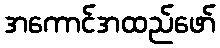
အကောင်အထည်ဖော်